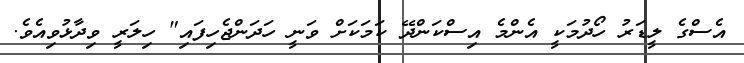
އެސްގެ ލީޑަރު ހޯދުމަކީ އެންމެ އިސްކަންދޭ ކަމަކަށް ވަނީ ހަދަންޖެހިފައި" ހިލަރީ ވިދާޅުވިއެވެ.